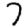
Digit: 7